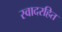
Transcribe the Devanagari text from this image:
स्वादरहित